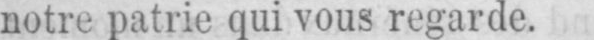
notre patrie qui vous regarde.